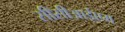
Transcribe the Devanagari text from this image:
सीसीआईएम